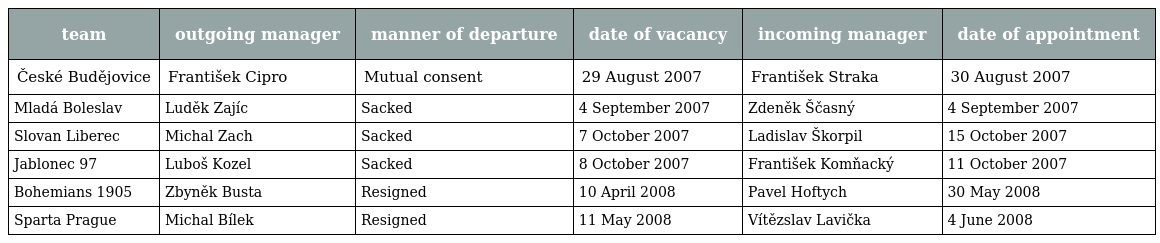
| team | outgoing manager | manner of departure | date of vacancy | incoming manager | date of appointment |
 | --- | --- | --- | --- | --- | --- |
 | České Budějovice | František Cipro | Mutual consent | 29 August 2007 | František Straka | 30 August 2007 |
 | Mladá Boleslav | Luděk Zajíc | Sacked | 4 September 2007 | Zdeněk Ščasný | 4 September 2007 |
 | Slovan Liberec | Michal Zach | Sacked | 7 October 2007 | Ladislav Škorpil | 15 October 2007 |
 | Jablonec 97 | Luboš Kozel | Sacked | 8 October 2007 | František Komňacký | 11 October 2007 |
 | Bohemians 1905 | Zbyněk Busta | Resigned | 10 April 2008 | Pavel Hoftych | 30 May 2008 |
 | Sparta Prague | Michal Bílek | Resigned | 11 May 2008 | Vítězslav Lavička | 4 June 2008 |